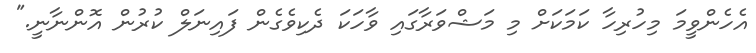
އެހެންވީމަ މިހުރިހާ ކަމަކަށް މި މަޝްވަރާގައި ވާހަކަ ދެކިވެގެން ފައިނަލް ކުރުން އޮންނާނީ."